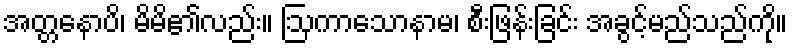
အတ္တနောပိ၊ မိမိ၏လည်း။ ဩကာသောနာမ၊ စီးဖြန်းခြင်း အခွင့်မည်သည်ကို။